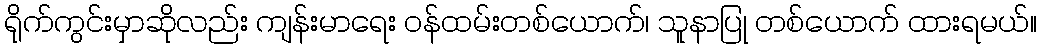
ရိုက်ကွင်းမှာဆိုလည်း ကျန်းမာရေး ဝန်ထမ်းတစ်ယောက်၊ သူနာပြု တစ်ယောက် ထားရမယ်။